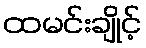
ထမင်းချိုင့်